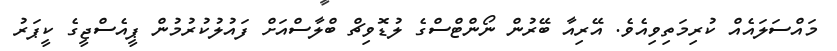
މައްސަލައެއް ކުރިމަތިވިއެވެ. އޭރިއާ ބޭރުން ނޯންޓްސްގެ ލުޑޮވިޗް ބްލާސްއަށް ފައުލުކުރުމުން ޕީއެސްޖީގެ ކީޕަރު